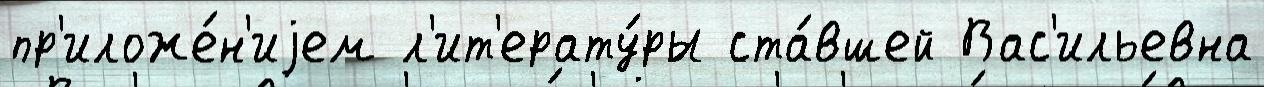
пр'иложе́н'иjем л'ит'ерату́ры ста́вшей Вас'ильевна